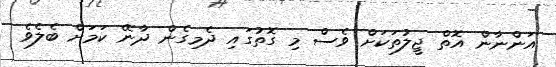
އަންނާން އޮތް ޖީލުތަކަށް ވެސް މި ގޮތުގައި ދެމިގެން ދާނޭ ކަމަށް ބެލެވެ